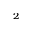
_ 2